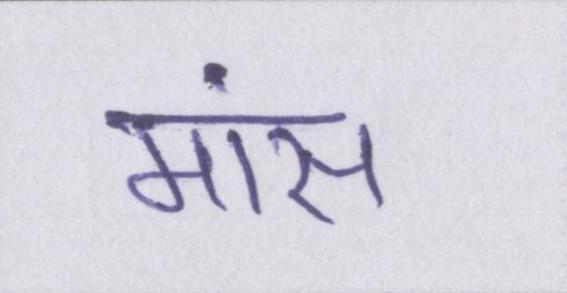
मांस